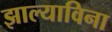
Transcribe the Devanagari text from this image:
झाल्याविना